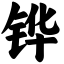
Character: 铧